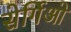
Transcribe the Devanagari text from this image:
सेर्गिओ